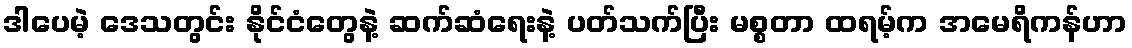
ဒါပေမဲ့ ဒေသတွင်း နိုင်ငံတွေနဲ့ ဆက်ဆံရေးနဲ့ ပတ်သက်ပြီး မစ္စတာ ထရမ့်က အမေရိကန်ဟာ